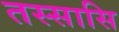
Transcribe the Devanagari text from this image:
तस्सासि